Vaccination returns of the Province of Eastern Bengal and Assam - 1905-1912
Year: 1905
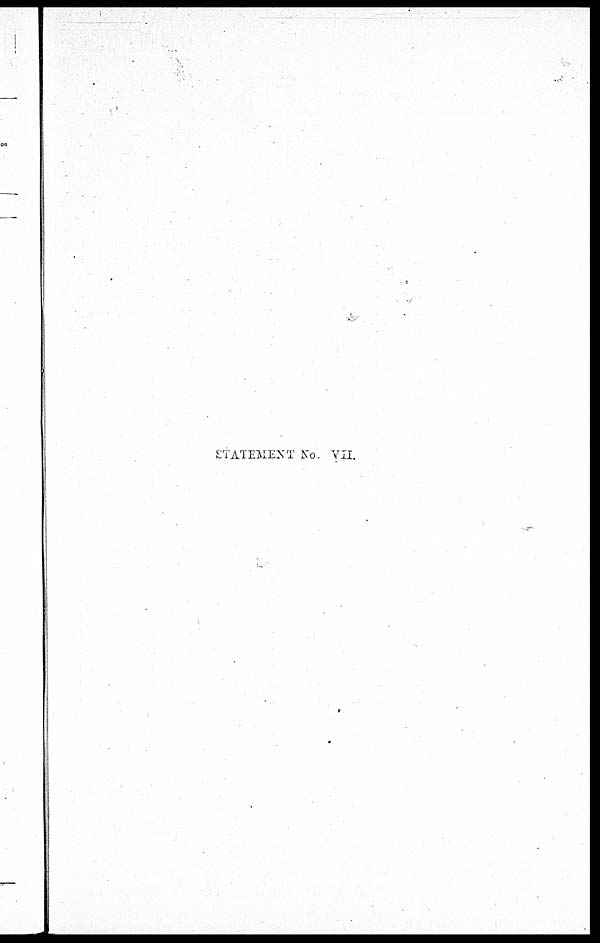
STATEMENT No. VII.